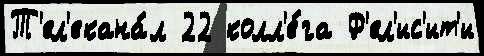
Т'ел'екана́л 22 колл'е́га Ф'ел'ис'ит'и